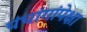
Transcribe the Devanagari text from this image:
पंचांगांपेक्षा